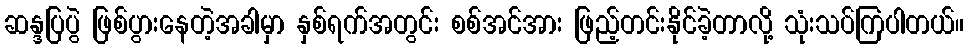
ဆန္ဒပြပွဲ ဖြစ်ပွားနေတဲ့အခါမှာ နှစ်ရက်အတွင်း စစ်အင်အား ဖြည့်တင်းနိုင်ခဲ့တာလို့ သုံးသပ်ကြပါတယ်။